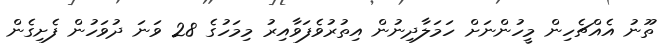
ތޫނު އެއްޗެހިން މީހުންނަށް ހަމަލާދިނުން އިތުރުވެފަވާއިރު މިމަހުގެ 28 ވަނަ ދުވަހުން ފެށިގެން